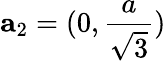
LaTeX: {\mathbf a}_{2}=(0,\frac{a}{\sqrt{3}})